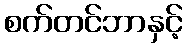
စက်တင်ဘာနှင့်